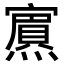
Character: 𭶞